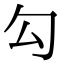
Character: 勾